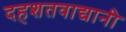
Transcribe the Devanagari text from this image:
दहशतवाद्यानी